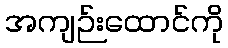
အကျဉ်းထောင်ကို